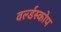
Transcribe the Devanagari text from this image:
वर्ल्डस्कोप